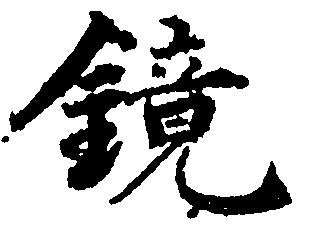
鏡